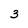
Character: 3